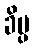
ခိပ္ပ